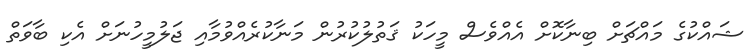
ޝައްކުގެ މައްޗަށް ބިނާކޮށް އެއްވެސް މީހަކު ޤަތުލުކުރުން މަނާކުރެއްވުމާއި ޖަލުމީހުނަށް އެކި ބާވަތް